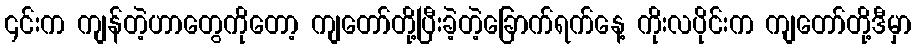
၎င်းက ကျန်တဲ့ဟာတွေကိုတော့ ကျတော်တို့ပြီးခဲ့တဲ့ခြောက်ရက်နေ့ ကိုးလပိုင်းက ကျတော်တို့ဒီမှာ